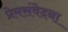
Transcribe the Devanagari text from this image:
प्रेमसंवेदना